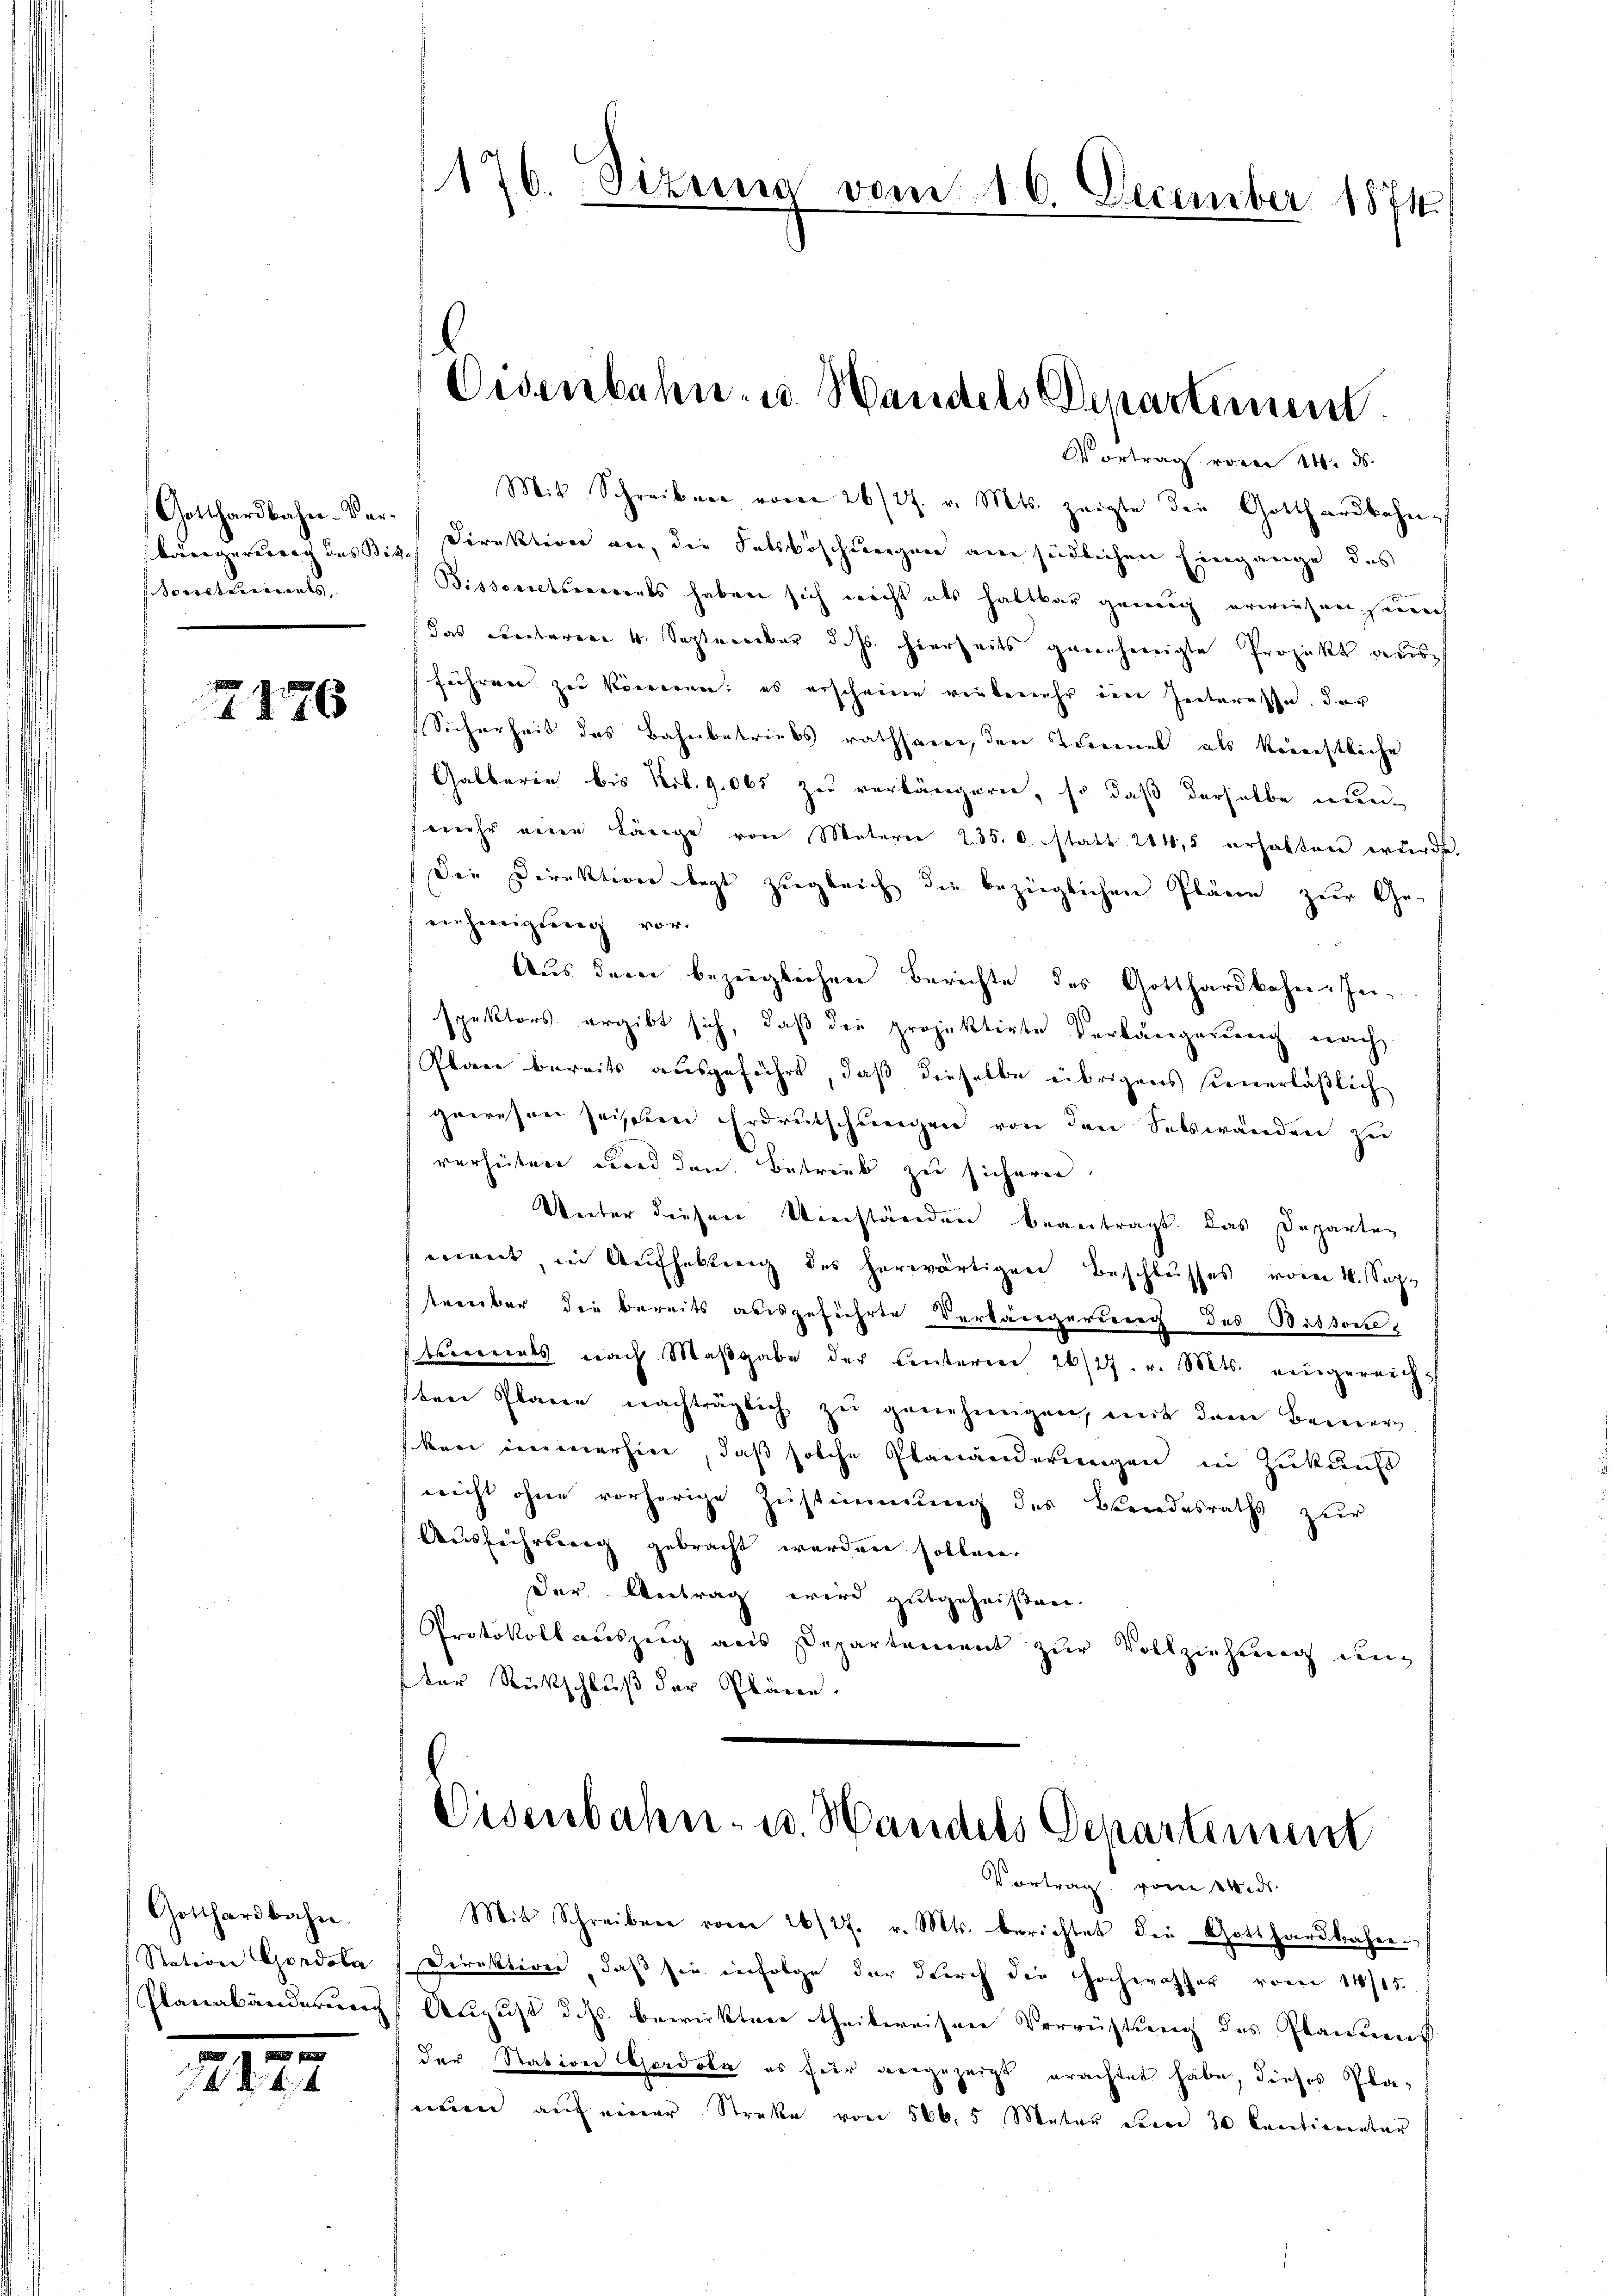
Gotthardbahn-Verorsterials,

7176

Gotthardbahn.
Station Gondola
Planabänderung

.
24.

22

Vortrag vom 14. ds.
Mit Schreiben vom 26/27. v. Mts. zeigte die Gotthardbahnslängerung des Bisch Direktion an, die Fetsbeschungen am südlichen Eingange des
Bissecretarments haben sich nicht als haltbar genug erwiesen, auch
das Rectorene 4. September dass hierseits genehmigte Projekt aus
führen zu können; es erscheine vielmehr im Interesse, der
Sicherheit des Bahnbetriebs rathsame, den Temmel als kriechtliche
Gatberie bis Nib. 9. 065 zu verlängeren, so daß derselbe nun
mehr eine Länge von Metern 235. 6. statt 214,5 erhalten wurde
Die Direktion legt zugleich die bezüglichen Pläne zur Ge-
nehmigŭng vor.
Aus dem bezüglichen Berichte des Gotthardkahen Zeispektors ergibt sich, daß die projektirte Verlängerung nach
Plan bereits ausgeführt, daß dieselbe übrigens steuerläßlich
gewesen seisten Erdrutschungen von den Felswanden zu
verhüten und den Betrieb zu sichern.
Unter diesen Umständen beantragt, das Departen
eenet in Aufhebung des herwärtigen Beschlusses vom 4. Sep
stererbar die bereits ausgeführte Verlängerung des Bittone
kermals nach Maβgabe der Centeren 26/27. v. Mts. eingereicht
ten Plane nachträglich zŭ genehmigen, mit dem Bemer
ken immerhin, daß solche Planänderungen in Zukunft
wicht ohne vorherige Zustimmung des Beendesraths zur
Ausführung gebracht werden sollen.
Der Antrag wird gutgeheißen.
Protokoll auszug aus Departement zur Vollziehung unfter Rückschluß der Pläne.

176. Sizung vom 16. December 1874.

Eisenbahn- u. Handels Departiment

Eisenbahn- u. Handels Departement
Vortrag vom 14. ds.

Mit Schreiben vom 26/27. v. Mts. berichtet die Gotthardbahre.
Direktirer, daß sie infolge der durch die Hochwasser vom 11/15.
August dass bewirkten theilweisen Verrüstung des Plannes
der Station Gerdola es für angezeigt erachtet habe, dieses Plaenen auf einer Streke von 566,5 Meter dem 30 Centionetar